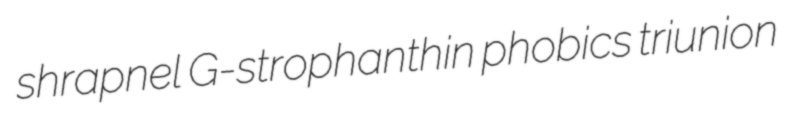
shrapnel G-strophanthin phobics triunion